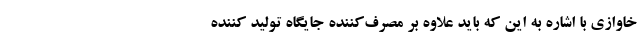
خاوازی با اشاره به این که باید علاوه بر مصرف‌کننده جایگاه تولید کننده